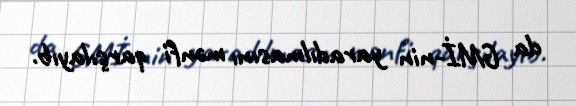
da GMİ-nin yaradılmasını mənfi qarşılayıb.